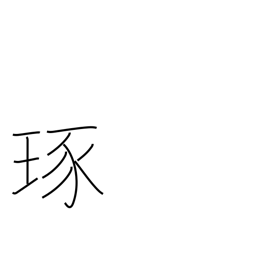
Meaning: polish